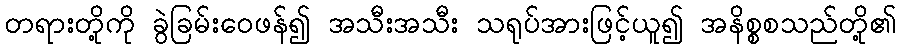
တရားတို့ကို ခွဲခြမ်းဝေဖန်၍ အသီးအသီး သရုပ်အားဖြင့်ယူ၍ အနိစ္စစသည်တို့၏